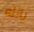
يالله